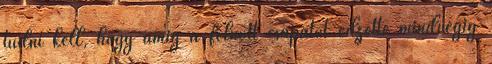
tudni kell, hogy amíg a felnőtt csapatot edzette mindvégig